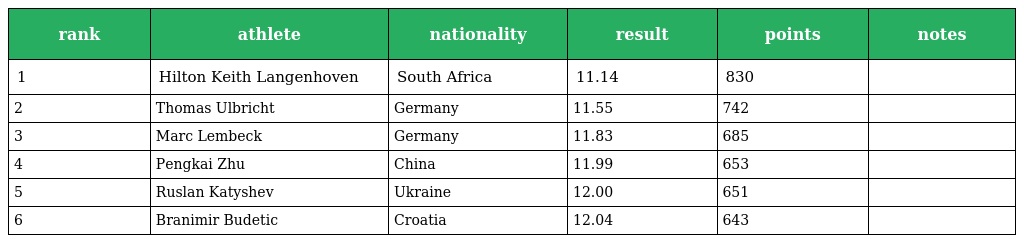
| rank | athlete | nationality | result | points | notes |
 | --- | --- | --- | --- | --- | --- |
 | 1 | Hilton Keith Langenhoven | South Africa | 11.14 | 830 |  |
 | 2 | Thomas Ulbricht | Germany | 11.55 | 742 |  |
 | 3 | Marc Lembeck | Germany | 11.83 | 685 |  |
 | 4 | Pengkai Zhu | China | 11.99 | 653 |  |
 | 5 | Ruslan Katyshev | Ukraine | 12.00 | 651 |  |
 | 6 | Branimir Budetic | Croatia | 12.04 | 643 |  |